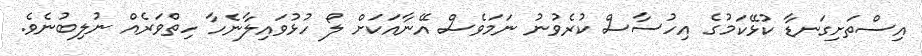
އިސްތަށިގަނޑާ ކުޅޭކަމުގެ އިހުސާސް ކުރެވުނު ނަމަވެސް އޭނާއަކަށް ލޯ ހުޅުވައިލާނެހާ ހިތްވަރެއް ނުލިބުނެވެ.